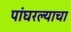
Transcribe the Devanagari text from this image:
पांघरल्याचा